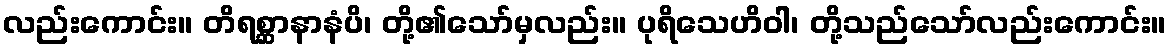
လည်းကောင်း။ တိရစ္ဆာနာနံပိ၊ တို့၏သော်မှလည်း။ ပုရိသေဟိဝါ၊ တို့သည်သော်လည်းကောင်း။